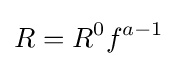
R=R^{0}f^{a-1}